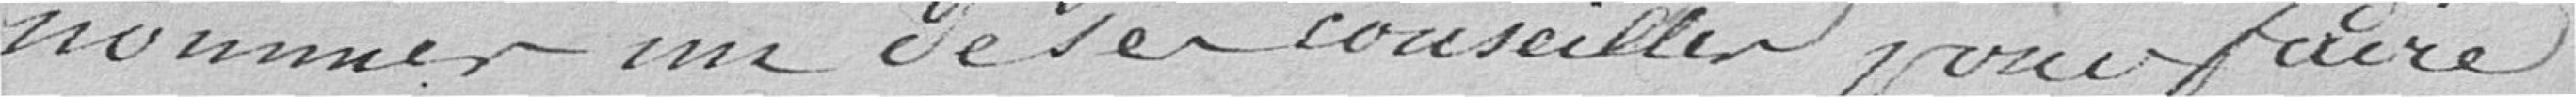
nommer un nouveau conseiller pour faire